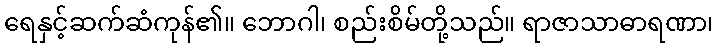
ရေနှင့်ဆက်ဆံကုန်၏။ ဘောဂါ၊ စည်းစိမ်တို့သည်။ ရာဇာသာဓာရဏာ၊